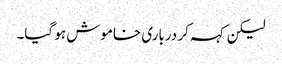
لیکن کہہ کر درباری خاموش ہو گیا۔